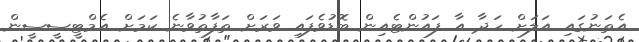
އެތަނުގައި އަލަށް ހަދާ އާ ފައުންޓެއިން ބޮޑުވެފައި ވަރަށް ތަފާތުވާނެ ކަމަށް އެމްޓީސީސީން